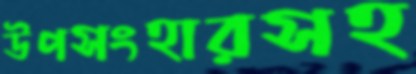
উপসংহারসহ